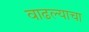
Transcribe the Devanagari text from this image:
वाढल्याचा